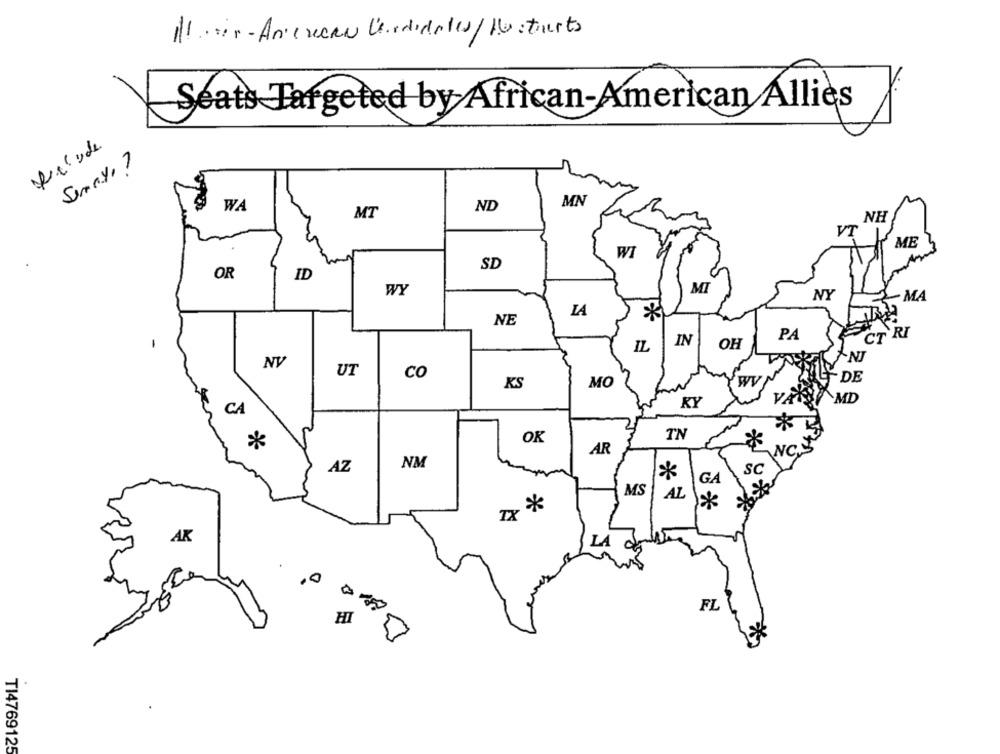
Il ser- Anexean lodidates/ 10 starts
Seats Targeted by African-American Allies
prelude
Semay?
MN
WA
ND
MT
NH
VT
ME
WI
SD
OR
ID
WY
MI
MA
NY
LA
*
NE
PA
CT RI
IL
IN
OH
NJ
NV
UT
co
KS
MO
- DE
MD
KY
CA
*
OK
TN
AR
WC.
NM
AZ
SC
*
GA
MS
AL
D *
AK
LA 25
,0
0
FL
HI
TI4769125